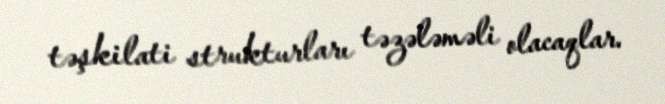
təşkilati strukturları təzələməli olacaqlar.